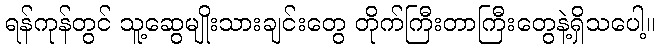
ရန်ကုန်တွင် သူ့ဆွေမျိုးသားချင်းတွေ တိုက်ကြီးတာကြီးတွေနဲ့ရှိသပေါ့။